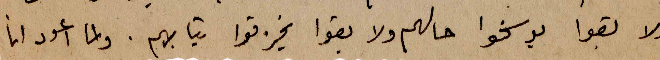
ولا بقوا يوسخوا حالهم ولا بقوا يخزقوا تيابهم. ولما اعود انا